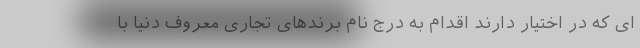
ای که در اختیار دارند اقدام به درج نام برندهای تجاری معروف دنیا با